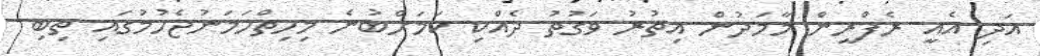
އަދި އެއީ ރެފްރީން މާމަދުން އިތުރު ވަގުތު ދެއްކި ކަމަށްބުނެ މިހިތްހަމަނުޖެހުމުގައި ތިބި